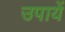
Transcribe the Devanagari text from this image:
उपायें